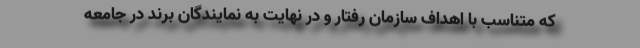
که متناسب با اهداف سازمان رفتار و در نهایت به نمایندگان برند در جامعه